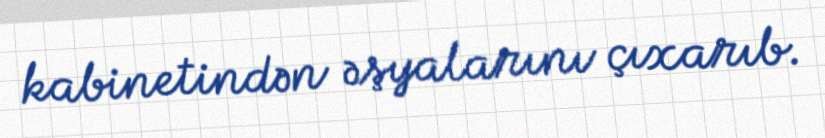
kabinetindən əşyalarını çıxarıb.